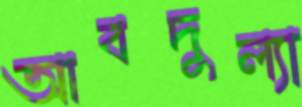
আবদুল্যা